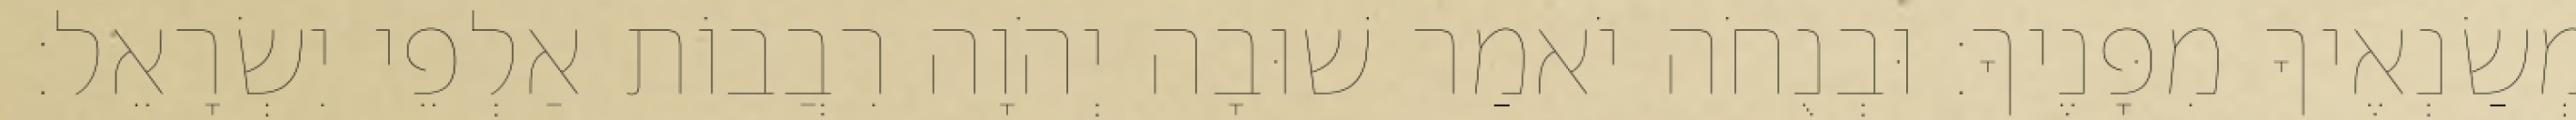
מְשַׂנְאֶיךָ מִפָּנֶיךָ׃ וּבְנֻחֹה יֹאמַר שׁוּבָה יְהֹוָה רִבֲבוֹת אַלְפֵי יִשְׂרָאֵל׃